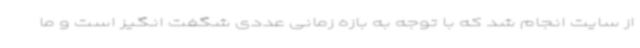
از سایت انجام شد که با توجه به بازه زمانی عددی شگفت انگیز است و ما